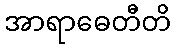
အာရာဓေတီတိ